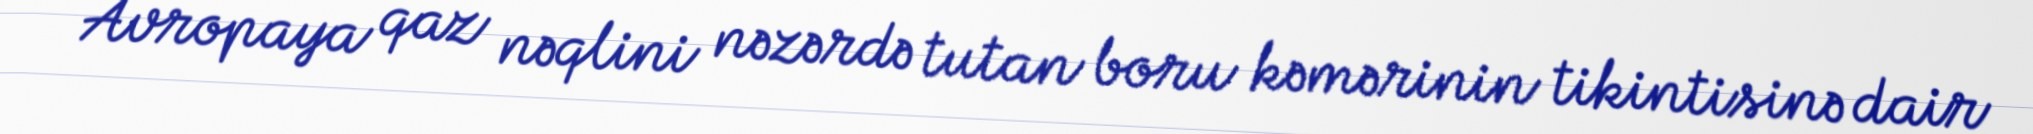
Avropaya qaz nəqlini nəzərdə tutan boru kəmərinin tikintisinə dair